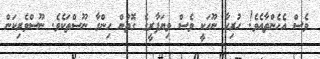
ވެސް އެހެންތާއެވެ! ހުރިހާ ނޫހަކީ ވެސް ވިޔަފާރީގެ ގޮތުން ހިންގާ ނޫސްތަކެވެ. ނޫސްވެރިކަން